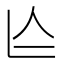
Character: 𠆦